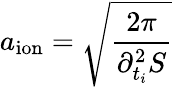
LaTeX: a_{\mathrm{ion}}=\sqrt{\frac{2\pi}{\partial_{t_{i}}^{2}S}}